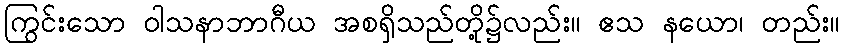
ကြွင်းသော ဝါသနာဘာဂီယ အစရှိသည်တို့၌လည်း။ ဧသ နယော၊ တည်း။